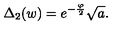
\Delta _ { 2 } ( w ) = e ^ { - \frac { \varphi } { 2 } } \sqrt { a } .